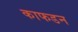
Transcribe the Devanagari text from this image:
काफडन